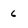
Character: 6